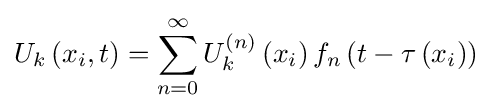
U_{k}\left(x_{i},t\right)=\sum _{n=0}^{\infty }U_{k}^{\left(n\right)}\left(x_{i}\right)f_{n}\left(t-\tau \left(x_{i}\right)\right)